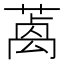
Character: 𦺃